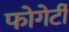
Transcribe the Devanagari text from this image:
फोगेर्टी